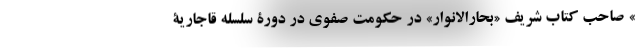
» صاحب کتاب شریف «بحارالانوار» در حکومت صفوی در دورۀ سلسله قاجاریۀ